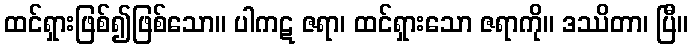
ထင်ရှားဖြစ်၍ဖြစ်သော။ ပါကဋ ဇရာ၊ ထင်ရှားသော ဇရာကို။ ဒဿိတာ၊ ပြီ။